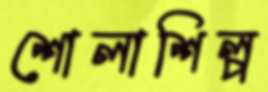
শোলাশিল্প